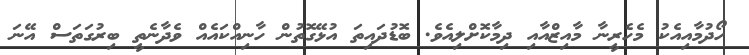
ހޯދުމާއިއެކު މެހެރީނާ މާއިޒްއާއި ދިމާކޮށްލިއެވެ. ބޮޑުދައިތަ އުޅޭގޮތުން ހާނިއްކައެއް ވެދާނެތީ ބިރުގަތަސް އޭނަ